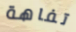
تفاهة